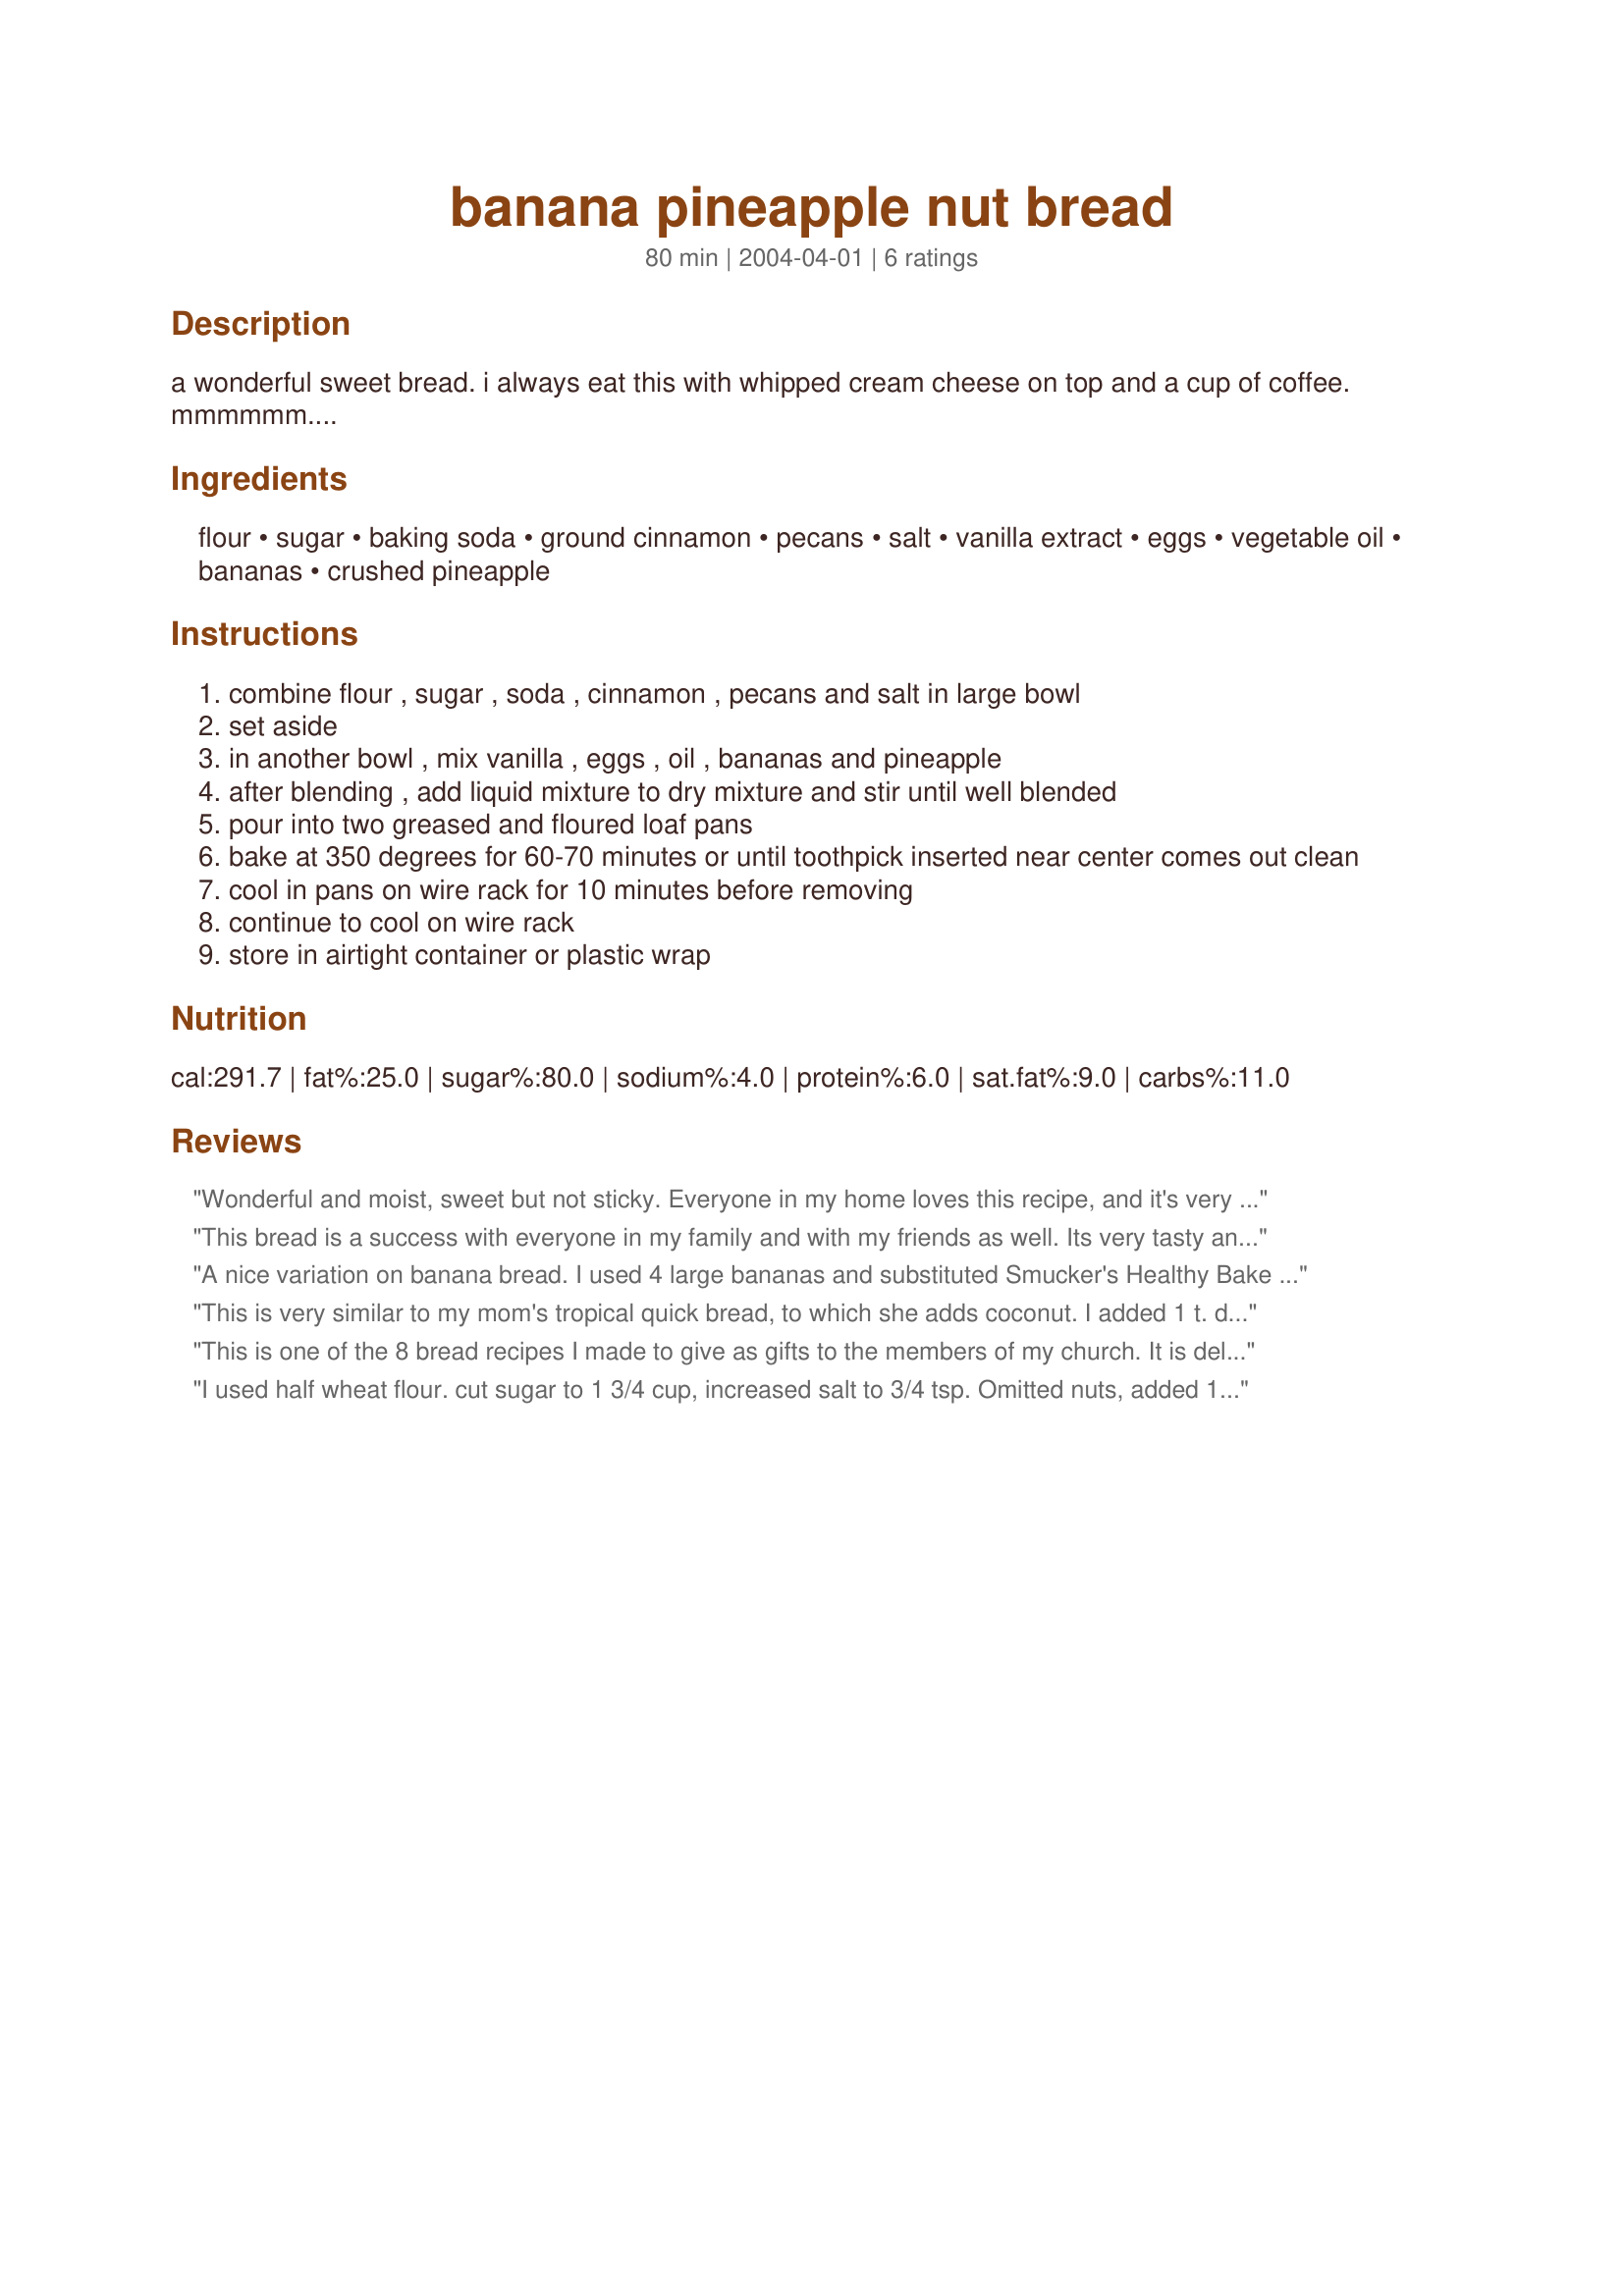
banana pineapple nut bread
Preparation time: 80 minutes

a wonderful sweet bread. i always eat this with whipped cream cheese on top and a cup of coffee. mmmmmm....

Ingredients:
flour, sugar, baking soda, ground cinnamon, pecans, salt, vanilla extract, eggs, vegetable oil, bananas, crushed pineapple

Steps:
combine flour , sugar , soda , cinnamon , pecans and salt in large bowl
set aside
in another bowl , mix vanilla , eggs , oil , bananas and pineapple
after blending , add liquid mixture to dry mixture and stir until well blended
pour into two greased and floured loaf pans
bake at 350 degrees for 60-70 minutes or until toothpick inserted near center comes out clean
cool in pans on wire rack for 10 minutes before removing
continue to cool on wire rack
store in airtight container or plastic wrap

Reviews:
Wonderful and moist, sweet but not sticky. Everyone in my home loves this recipe, and it's very easy to make. I leave out the nuts, and if making a half-batch (1 loaf) I use 2 eggs, which works well.
This bread is a success with everyone in my family and with my friends as well. Its very tasty and I just "love" the cinnamon in it. I've made this using walnuts instead of pecans since we dont get pecans easily in Oman. I love this bread!! Thanks for sharing.
A nice variation on banana bread. I used 4 large bananas and substituted Smucker's Healthy Bake for half the oil and reduced the pecans to just over a cup. I toasted the pecans before adding them. Very good flavor and texture.
This is very similar to my mom's tropical quick bread, to which she adds coconut. I added 1 t. dried orange peel, 1/2 t. each ginger and nutmeg. This bread really needs one day wrapped before slicing to mature and blend flavors.
This is one of the 8 bread recipes I made to give as gifts to the members of my church. It is delicious and easy. Thanks for the recipe.
I used half wheat flour. cut sugar to 1 3/4 cup, increased salt to 3/4 tsp. Omitted nuts, added 1/4 cup coconut..Made 4 mini loaves and 6 muffins. Very mosit and tasty...
